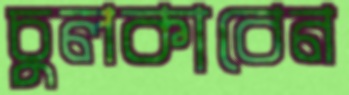
চুলকাবেন